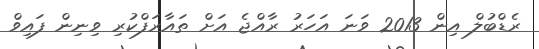
ރެޑްބުލް އިން 2013 ވަނަ އަހަރު ރާއްޖެ އަށް ތައާރަފްކުރި ވިނިން ފައިވް